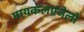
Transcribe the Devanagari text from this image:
मायकलएंजेलो